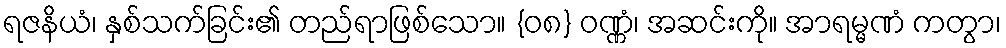
ရဇနိယံ၊ နှစ်သက်ခြင်း၏ တည်ရာဖြစ်သော။ {၀၈} ဝဏ္ဏံ၊ အဆင်းကို။ အာရမ္မဏံ ကတွာ၊